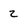
Character: 2